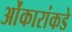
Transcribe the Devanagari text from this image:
ओंकारांकडे